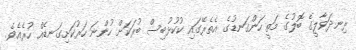
ރިނދަވާލީގެ ބޮލުގެ މަތީ ހަންގަނޑުގެ އެތެރޭގައި ކުކުޅުބިސް ބުރަކަށް ހުންނަ ހަރުކަށިގަނޑެއް ހުރެއެވެ.